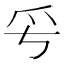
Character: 𤓳